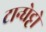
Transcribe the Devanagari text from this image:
टान्घेट्टो